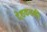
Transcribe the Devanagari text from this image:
देशकतकी